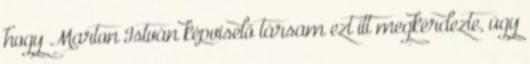
hogy Marton István képviselő társam ezt itt megkérdezte, úgy